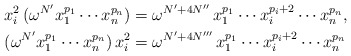
\begin{align*}x_i^2 \, (\omega^{N'} x_1^{p_1} \cdots x_n^{p_n}) & = \omega^{N' + 4N''} \, x_1^{p_1} \cdots x_i^{p_i+2} \cdots x_n^{p_n}, \\ (\omega^{N'} x_1^{p_1} \cdots x_n^{p_n})\, x_i^2 & = \omega^{N' + 4N'''} \, x_1^{p_1} \cdots x_i^{p_i+2} \cdots x_n^{p_n}\end{align*}